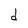
Character: d